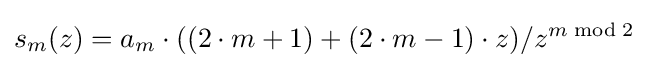
s_{m}(z)=a_{m}\cdot ((2\cdot m+1)+(2\cdot m-1)\cdot z)/z^{m{\bmod {2}}}